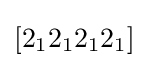
[2_{1}2_{1}2_{1}2_{1}]